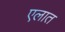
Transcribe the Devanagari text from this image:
एलात